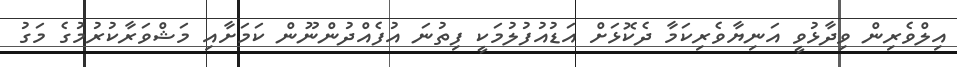
އިލްވެރިން ވިދާޅުވީ އަނިޔާވެރިކަމާ ދެކޮޅަށް އަޑުއުފުލުމަކީ ފިތުނަ އުފެއްދުންނޫން ކަމަށާއި މަޝްވަރާކުރުމުގެ މަގު